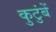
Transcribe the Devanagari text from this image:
कुटुंबें